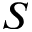
S